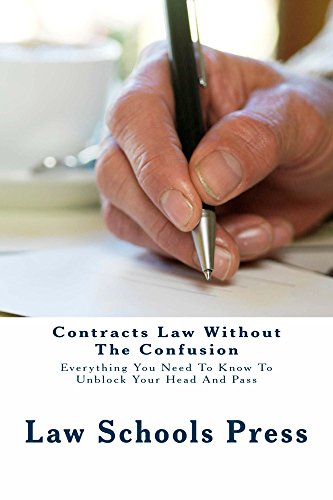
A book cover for Contracts Law Without The Confusion (Free Reading Allowed For Prime Members): (e book); Law Schools Press; Test Preparation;